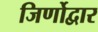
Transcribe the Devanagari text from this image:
जिर्णोद्वार